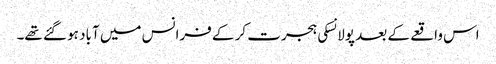
اس واقعے کے بعد پولانسکی ہجرت کر کے فرانس میں آباد ہو گئے تھے۔